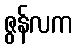
ဇွန်လက